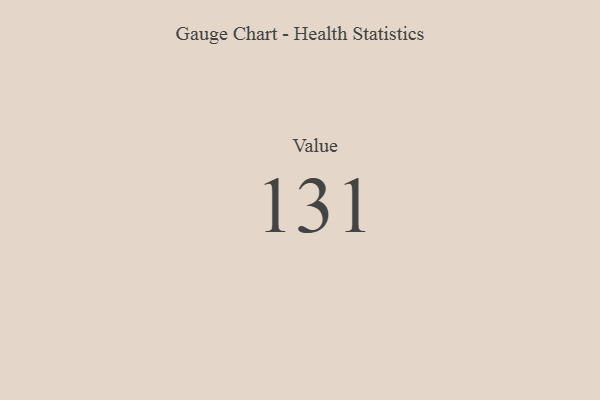
{"axis": {"x": "Metric", "y": "Value"}, "legend": [""], "data": [{"x": "Value", "y": 131, "type": ""}]}